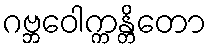
ဂဗ္ဘဝေါက္ကန္တိတော